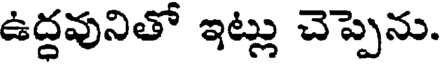
ఉద్దవునితో ఇట్లు చెప్పెను.